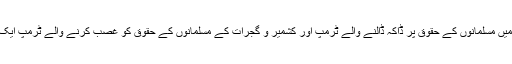
" لگ یوں رہا ہے کہ فلسطین اور مشرق وسطیٰ میں مسلمانوں کے حقوق پر ڈاکہ ڈالنے والے ٹرمپ اور کشمیر و گجرات کے مسلمانوں کے حقوق کو غصب کرنے والے ٹرمپ ایک پیج پر ہیں، جس میں مسلمانوں کیلئے خیر نہیں۔